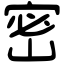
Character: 密